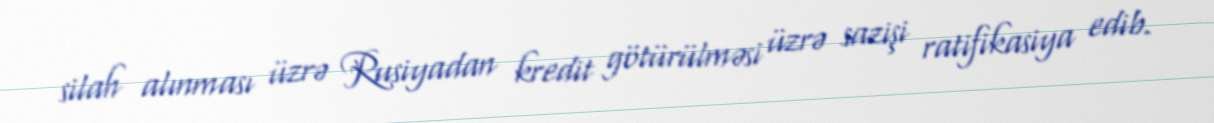
silah alınması üzrə Rusiyadan kredit götürülməsi üzrə sazişi ratifikasiya edib.